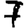
Digit: 7